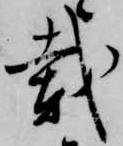
載